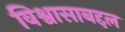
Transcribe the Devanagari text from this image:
विश्वासाबद्दल